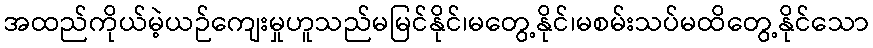
အထည်ကိုယ်မဲ့ယဉ်ကျေးမှုဟူသည်မမြင်နိုင်၊မတွေ့နိုင်၊မစမ်းသပ်မထိတွေ့နိုင်သော